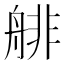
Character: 𦩋